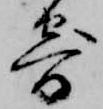
寄